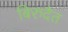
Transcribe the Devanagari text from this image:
बिरुदैत